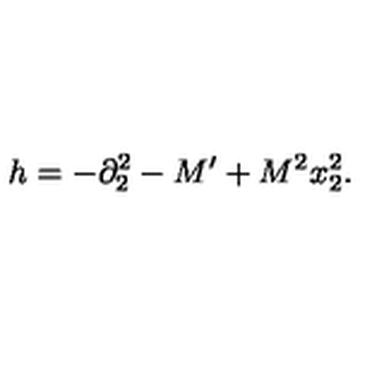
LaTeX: h = - \partial _ { 2 } ^ { 2 } - M ^ { \prime } + M ^ { 2 } x _ { 2 } ^ { 2 } .